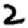
Digit: 2